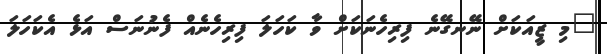
"މި ޒީއަކަށް ނޭނގޭނެ ފިރިހެނަކަށް ވާ ކަހަލަ ފިރިހެނެއް ފެނުނަސް އަޅެ އެކަހަލަ